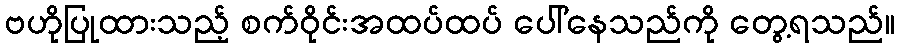
ဗဟိုပြုထားသည့် စက်ဝိုင်းအထပ်ထပ် ပေါ်နေသည်ကို တွေ့ရသည်။